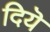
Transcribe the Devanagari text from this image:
दियॆ